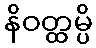
နိဝတ္ထမ္ပိ